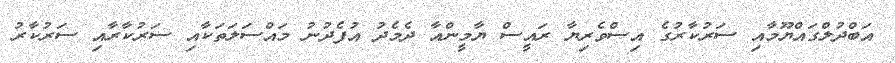
އަބްދުލްގައްޔޫމާއި ސަރުކާރުގެ އިސްވެރިޔާ ރައީސް ޔާމީންއާ ދެމެދު އުފެދުނު މައްސަލަތަކާއި ސަރުކާރާއި ސަރުކާރު